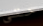
حتى